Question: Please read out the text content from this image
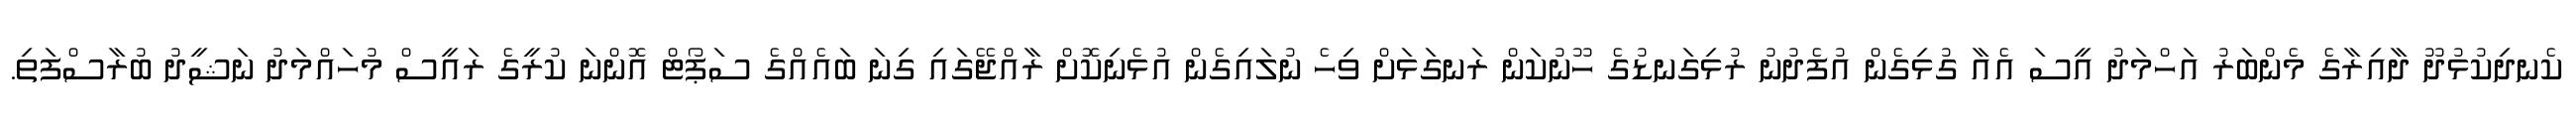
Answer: ކެނދިކުޅުދޫ ދާއިރާގެ މެންބަރު އަހްމަދު އީސަ އެއާ ގުޅިގެން އުފެދުނު ރުޅިގަނޑުގެ ހޫނުކަން ރަނގަޅަށް ވިހެ ނުލައިގެން އުޅެނިކޮށް ރާއްޖޭގައި ގިނަ ބައެއްގެ ސަޕޯޓް އޮންނަ ކުރީގެ ރައީސް މުހައްމަދު ނަޝީދު ބުރާސްފަތި.